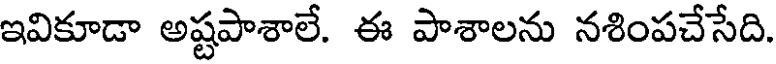
ఇవికూడా అష్టపాశాలే. ఈ పాశాలను నశింపచేసేది.